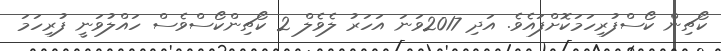
ކޯޗިން ކޯސްފުރިހަމަކޮށްފައެވެ. އަދި 2017ވަނަ އަހަރު ލެވެލް 2 ކޯޗިންކޯސްވެސް ހައްލުވަނީ ފުރިހަމަ